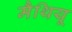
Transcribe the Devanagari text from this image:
मैथियू